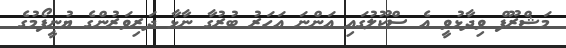
މަޝްރޫފް ވިދާޅުވީ އެ ސްކޫލުގައި އަންނަ އަހަރު ބުރުގާ ނާޅާ ދަރިވަރުންގެ ޔުނީފޯމުގެ